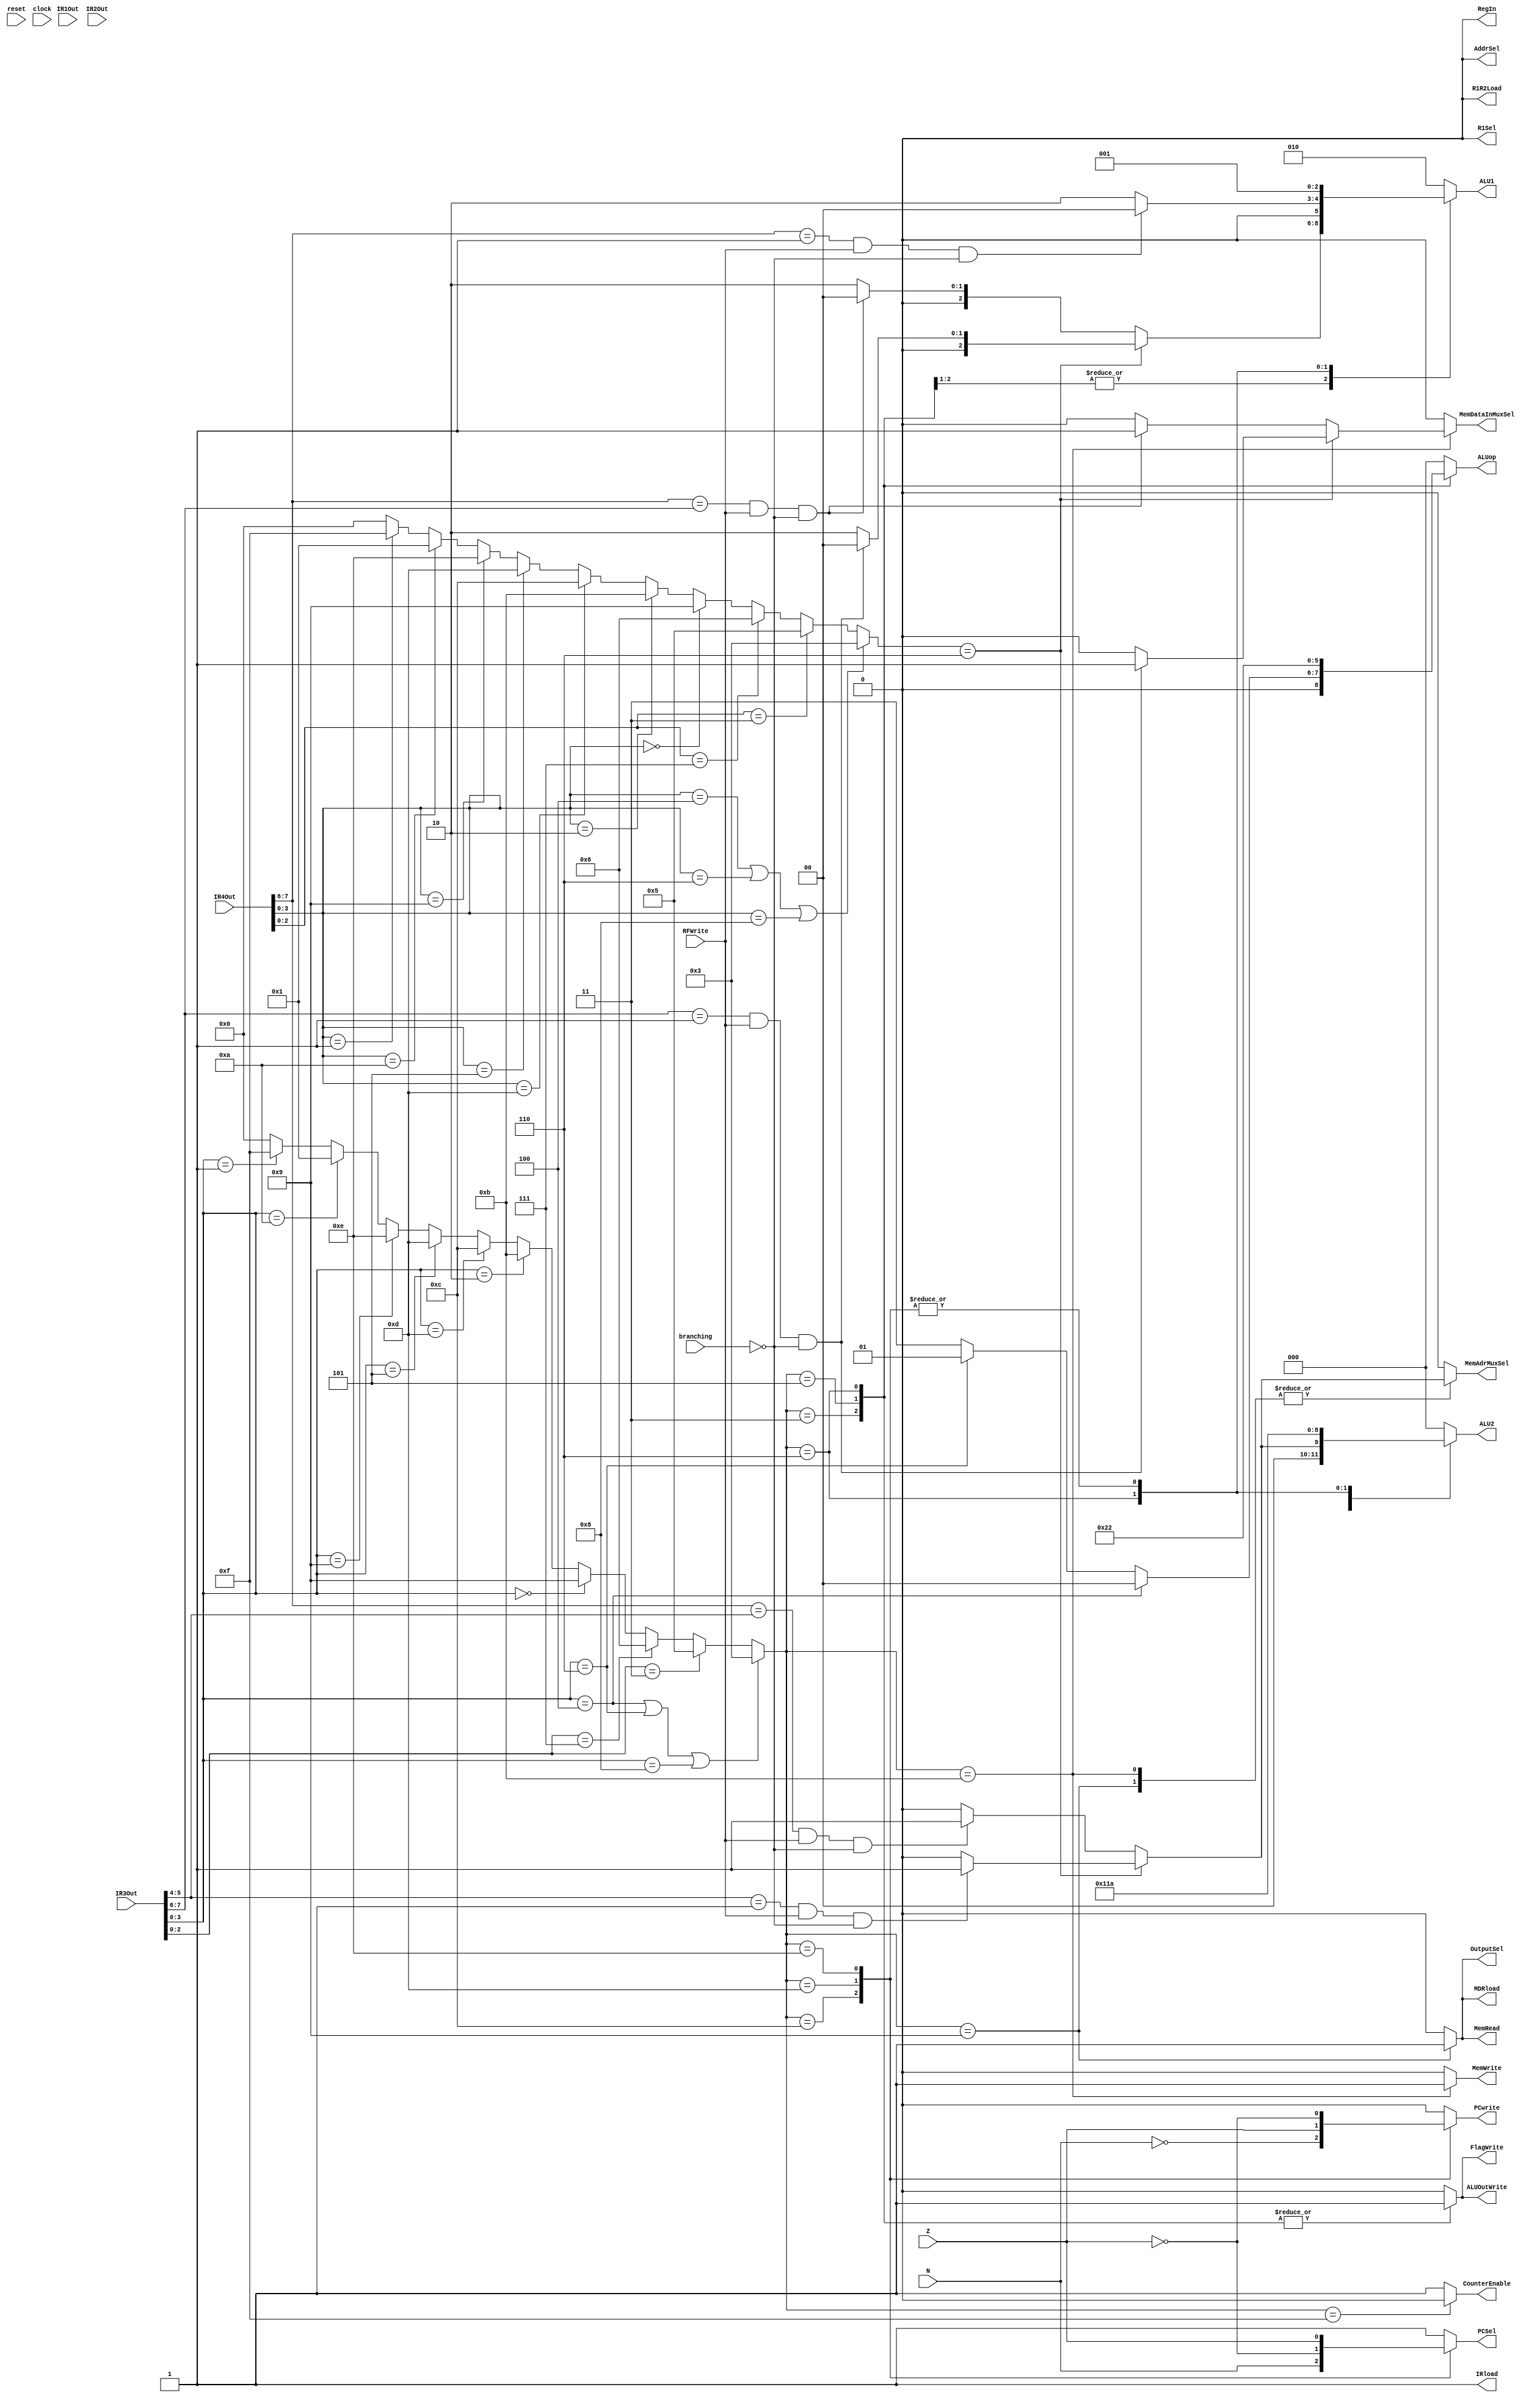
module ExecuteController
(
reset, IR1Out, IR2Out, IR3Out, IR4Out, clock,
N, Z, RFWrite, branching,
PCwrite, AddrSel, MemRead, PCSel,
MemWrite, IRload, R1Sel, MDRload,
R1R2Load, ALU1, ALU2, ALUop,
ALUOutWrite, RegIn, FlagWrite, CounterEnable, OutputSel, 
MemAdrMuxSel, MemDataInMuxSel
);

	input	N, Z;
	input	reset, clock;
	input RFWrite, branching;
	input [7:0] IR1Out, IR2Out, IR3Out, IR4Out;
	output	PCSel, PCwrite, AddrSel, MemRead, MemWrite, IRload, R1Sel, MDRload;
	output	R1R2Load, ALUOutWrite, RegIn, FlagWrite;
	output  CounterEnable;
	output	[2:0] ALU1, ALU2, ALUop;
	output reg OutputSel, MemAdrMuxSel, MemDataInMuxSel;
	//output	[3:0] state;
	
	reg 	PCSel;
	reg	PCwrite, AddrSel, MemRead, MemWrite, IRload, R1Sel, MDRload, CounterEnable;
	reg	R1R2Load, ALUOutWrite, RegIn, FlagWrite;
	reg	[2:0] ALU1, ALU2, ALUop;
	reg [3:0] state;
	reg [3:0] instr;

	reg [3:0] state2; // IR4 - WriteBack
	reg [3:0] instr2;
	
/*****************************************************************************
 *                         Parameter Declarations                            *
 *****************************************************************************/

	parameter [3:0] reset_s = 0, c1 = 1, c2 = 2, c3_asn = 3,
					c4_asnsh = 4, c3_shift = 5, c3_ori = 6,
					c4_ori = 7, c5_ori = 8, c3_load = 9, c4_load = 10,
					c3_store = 11, c3_bpz = 12, c3_bz = 13, c3_bnz = 14,
					stop = 15;
					
/*****************************************************************************
 *                         Combination Logic  - Data Hazard                  *
 *****************************************************************************/	
		
	always @(*)
	begin
		case(state)
			c3_asn:
				begin
				MemAdrMuxSel = 0;
				MemDataInMuxSel = 0;
				if(state2==c3_ori) // For ori, upper two bits are not the register being written
					begin
					if(IR3Out[7:6]==1 && RFWrite==1 && branching==0) ALU1 = 0;
					else ALU1 = 2;
					if(IR3Out[5:4]==1 && RFWrite==1 && branching==0) ALU2 = 1;
					else ALU2 = 0;
					end
				else
					begin
					if(IR4Out[7:6]==IR3Out[7:6] && RFWrite==1 && branching==0) ALU1 = 0;
					else ALU1 = 2;
					if(IR4Out[7:6]==IR3Out[5:4] && RFWrite==1 && branching==0) ALU2 = 3'b001;
					else ALU2 = 3'b000;
					end
				end
			c3_shift:
				begin
				MemAdrMuxSel = 0;
				MemDataInMuxSel = 0;
				ALU2 = 4; // IMM3
				if(state2==c3_ori)
					begin
					if(IR3Out[7:6]==1 && RFWrite==1 && branching==0) ALU1 = 0;
					else ALU1 = 2;
					end
				else
					if(IR4Out[7:6]==IR3Out[7:6] && RFWrite==1 && branching==0) ALU1 = 0;
					else ALU1 = 2;
				end
			c3_ori:
				begin
				MemAdrMuxSel = 0;
				MemDataInMuxSel = 0;
				ALU2 = 3; // imm5
				if(IR4Out[7:6]==1 && RFWrite==1 && branching==0) ALU1 = 0;
				else ALU1 = 2;
				end
			c3_load:
				begin
				MemDataInMuxSel = 0;
				ALU1 = 2; // don't care
				ALU2 = 3'b000; // don't care
				if(state2==c3_ori) // For ori, upper two bits are not the register being written
					begin
					if(IR3Out[5:4]==1 && RFWrite==1 && branching==0) MemAdrMuxSel = 1;
					else MemAdrMuxSel = 0;
					end
				else
					if(IR4Out[7:6]==IR3Out[5:4] && RFWrite==1 && branching==0) MemAdrMuxSel = 1;
					else MemAdrMuxSel = 0;
				end
			c3_bpz:
				begin
				MemDataInMuxSel = 0;
				MemAdrMuxSel = 0;
				ALU1 = 1; // PC4 wire
				ALU2 = 2; // IMM4
				end
			c3_bz:
				begin
				MemDataInMuxSel = 0;
				MemAdrMuxSel = 0;
				ALU1 = 1; // PC4 wire
				ALU2 = 2; // IMM4
				end
			c3_bnz:
				begin
				MemDataInMuxSel = 0;
				MemAdrMuxSel = 0;
				ALU1 = 1; // PC4 wire
				ALU2 = 2; // IMM4
				end
			c3_store:
				begin
				ALU1 = 2; // don't care
				ALU2 = 0; // don't care
				
				if(state2==c3_ori) // For ori, upper two bits are not the register being written
					begin
					if(IR3Out[7:6]==1 && RFWrite==1 && branching==0) MemDataInMuxSel = 1;
					else MemDataInMuxSel = 0;
					if(IR3Out[5:4]==1 && RFWrite==1 && branching==0) MemAdrMuxSel = 1;
					else MemAdrMuxSel = 0;
					end
				else
					begin
					if(IR4Out[7:6] == IR3Out[7:6] && RFWrite==1 && branching==0) MemDataInMuxSel = 1;
					else MemDataInMuxSel = 0;
					if(IR4Out[7:6] == IR3Out[5:4] && RFWrite==1 && branching==0) MemAdrMuxSel = 1;
					else MemAdrMuxSel = 0;
					end
				end
			default:
				begin
				MemDataInMuxSel = 0;
				MemAdrMuxSel = 0;
				ALU1 = 2;
				ALU2 = 3'b000;
				end
		endcase
	end

/*****************************************************************************
 *                         Combination Logic                                 *
 *****************************************************************************/				

	always@(*)
	begin
		instr = IR3Out[3:0];
	end
	
	always@(*)
	begin	
		if(instr == 4'b0100 | instr == 4'b0110 | instr == 4'b1000) state = c3_asn;
		else if( instr[2:0] == 3'b011 ) state = c3_shift;
		else if( instr[2:0] == 3'b111 ) state = c3_ori;
		else if( instr == 4'b0000 ) state = c3_load;
		else if( instr == 4'b0010 ) state = c3_store;
		else if( instr == 4'b1101 ) state = c3_bpz;
		else if( instr == 4'b0101 ) state = c3_bz;
		else if( instr == 4'b1001 ) state = c3_bnz;
		else if( instr == 4'b1010 ) state = c1; // nop
		else if( instr == 4'b0001 ) state = stop;
		else state = 0;
	end
	
	always@(*)
	begin
		instr2 = IR4Out[3:0];
	end
 
	always@(*)
	begin	
		if(instr2 == 4'b0100 | instr2 == 4'b0110 | instr2 == 4'b1000) state2 = c3_asn;
		else if( instr2[2:0] == 3'b011 ) state2 = c3_shift;
		else if( instr2[2:0] == 3'b111 ) state2 = c3_ori;
		else if( instr2 == 4'b0000 ) state2 = c3_load;
		else if( instr2 == 4'b0010 ) state2 = c3_store;
		else if( instr2 == 4'b1101 ) state2 = c3_bpz;
		else if( instr2 == 4'b0101 ) state2 = c3_bz;
		else if( instr2 == 4'b1001 ) state2 = c3_bnz;
		else if( instr2 == 4'b1010 ) state2 = c1; // nop
		else if( instr2 == 4'b0001 ) state2 = stop;
		else state2 = 0;
	end
	
	always@(*)
	begin	
		case(state)
			c3_asn:		begin
							if ( instr == 4'b0100 ) 		// add
								//control = 19'b0000000010000001001;
							begin
								OutputSel = 0;
								PCSel = 1;
								PCwrite = 0;
								AddrSel = 0;
								MemRead = 0;
								MemWrite = 0;
								IRload = 1;
								R1Sel = 0;
								MDRload = 0;
								R1R2Load = 0;
								ALUop = 3'b000;
								ALUOutWrite = 1;
								RegIn = 0;
								FlagWrite = 1;
								CounterEnable = 1;
							end	
							else if ( instr == 4'b0110 ) 	// sub
								//control = 19'b0000000010000011001;
							begin
								OutputSel = 0;
								PCSel = 1;
								PCwrite = 0;
								AddrSel = 0;
								MemRead = 0;
								MemWrite = 0;
								IRload = 1;
								R1Sel = 0;
								MDRload = 0;
								R1R2Load = 0;
								ALUop = 3'b001;
								ALUOutWrite = 1;
								RegIn = 0;
								FlagWrite = 1;
								CounterEnable = 1;
							end
							else 							// nand
								//control = 19'b0000000010000111001;
							begin
								OutputSel = 0;
								PCSel = 1;
								PCwrite = 0;
								AddrSel = 0;
								MemRead = 0;
								MemWrite = 0;
								IRload = 1;
								R1Sel = 0;
								MDRload = 0;
								R1R2Load = 0;
								ALUop = 3'b011;
								ALUOutWrite = 1;
								RegIn = 0;
								FlagWrite = 1;
								CounterEnable = 1;
							end
				   		end
			c3_shift: 	//control = 19'b0000000011001001001;
				begin
					OutputSel = 0;
					PCSel = 1;
					PCwrite = 0;
					AddrSel = 0;
					MemRead = 0;
					MemWrite = 0;
					IRload = 1;
					R1Sel = 0;
					MDRload = 0;
					R1R2Load = 0;
					ALUop = 3'b100;
					ALUOutWrite = 1;
					RegIn = 0;
					FlagWrite = 1;
					CounterEnable = 1;
				end
			c3_ori: 	//control = 19'b0000010100000000000;
				begin
					OutputSel = 0;
					PCSel = 1;
					PCwrite = 0;
					AddrSel = 0;
					MemRead = 0;
					MemWrite = 0;
					IRload = 1;
					R1Sel = 0;
					MDRload = 0;
					R1R2Load = 0;
					ALUop = 3'b010;
					ALUOutWrite = 1;
					RegIn = 0;
					FlagWrite = 1;
					CounterEnable = 1;
				end
			c3_load: 	//control = 19'b0010001000000000000;
				begin
					OutputSel = 1;
					PCSel = 1;
					PCwrite = 0;
					AddrSel = 0;
					MemRead = 1;
					MemWrite = 0;
					IRload = 1;
					R1Sel = 0;
					MDRload = 1;
					R1R2Load = 0;
					ALUop = 3'b000;
					ALUOutWrite = 0;
					RegIn = 0;
					FlagWrite = 0;
					CounterEnable = 1;
				end
			c3_store: 	//control = 19'b0001000000000000000;
				begin
					OutputSel = 0; // don't care?
					PCSel = 1;
					PCwrite = 0;
					AddrSel = 0;
					MemRead = 0;
					MemWrite = 1;
					IRload = 1;
					R1Sel = 0;
					MDRload = 0;
					R1R2Load = 0;
					ALUop = 3'b000;
					ALUOutWrite = 0;
					RegIn = 0;
					FlagWrite = 0;
					CounterEnable = 1;
				end
			c3_bpz: 	//control = {~N,18'b000000000100000000};
				begin	
					OutputSel = 0; // don't care?
					PCSel = N;
					PCwrite = ~N;
					AddrSel = 0;
					MemRead = 0;
					MemWrite = 0;
					IRload = 1;
					R1Sel = 0;
					MDRload = 0;
					R1R2Load = 0;
					ALUop = 3'b000;
					ALUOutWrite = 0;
					RegIn = 0;
					FlagWrite = 0;
					CounterEnable = 1;
				end
			c3_bz: 		//control = {Z,18'b000000000100000000};
				begin
					OutputSel = 0; // don't care?
					PCSel = ~Z;
					PCwrite = Z;
					AddrSel = 0;
					MemRead = 0;
					MemWrite = 0;
					IRload = 1;
					R1Sel = 0;
					MDRload = 0;
					R1R2Load = 0;
					ALUop = 3'b000;
					ALUOutWrite = 0;
					RegIn = 0;
					FlagWrite = 0;
					CounterEnable = 1;
				end
			c3_bnz: 	//control = {~Z,18'b000000000100000000};
				begin
					OutputSel = 0; // don't care?
					PCSel = Z;
					PCwrite = ~Z;
					AddrSel = 0;
					MemRead = 0;
					MemWrite = 0;
					IRload = 1;
					R1Sel = 0;
					MDRload = 0;
					R1R2Load = 0;
					ALUop = 3'b000;
					ALUOutWrite = 0;
					RegIn = 0;
					FlagWrite = 0;
					CounterEnable = 1;
				end
			stop:
				begin
					OutputSel = 0; // don't care?
					PCSel = 1;
					PCwrite = 0;
					AddrSel = 0;
					MemRead = 0;
					MemWrite = 0;
					IRload = 1;
					R1Sel = 0;
					MDRload = 0;
					R1R2Load = 0;
					ALUop = 3'b000;
					ALUOutWrite = 0;
					RegIn = 0;
					FlagWrite = 0;
					CounterEnable = 0;
				end
			default:	//control = 19'b0000000000000000000;
				begin
					OutputSel = 0; // don't care?
					PCSel = 1;
					PCwrite = 0;
					AddrSel = 0;
					MemRead = 0;
					MemWrite = 0;
					IRload = 1;
					R1Sel = 0;
					MDRload = 0;
					R1R2Load = 0;
					ALUop = 3'b000;
					ALUOutWrite = 0;
					RegIn = 0;
					FlagWrite = 0;
					CounterEnable = 1;
				end
		endcase
	end


endmodule